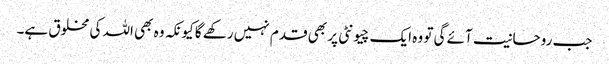
جب روحانیت آئے گی تو وہ ایک چیونٹی پر بھی قدم نہیں رکھے گا کیونکہ وہ بھی اللہ کی مخلوق ہے۔